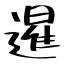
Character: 暹